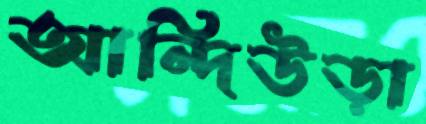
আন্দিউড়া